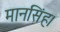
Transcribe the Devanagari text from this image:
मानसिंह।